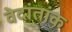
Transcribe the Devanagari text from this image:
वेदांतांक